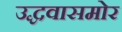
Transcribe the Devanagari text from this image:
उद्धवासमोर